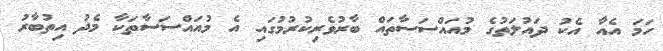
ހަމަ އެއާ އެކު ދައުލަތުގެ މުއައްސަސާތައް ބާރުވެރިކުރުމުގައި އެ މުއައްސަސާތަކާ މެދު އިތުބާރު